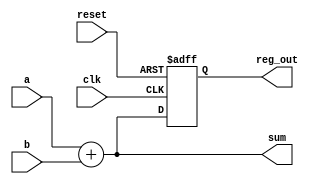
module combinational_sequential_example (
    input wire clk,          // Clock input
    input wire reset,        // Reset input
    input wire [3:0] a,     // 4-bit input a
    input wire [3:0] b,     // 4-bit input b
    output reg [3:0] sum,    // 4-bit output for sum
    output reg [3:0] reg_out // 4-bit output for register
);

// Combinational Logic: Sum of two inputs
always @* begin
    sum = a + b; // Continuous assignment for sum
end

// Sequential Logic: Register to hold the value of sum on clock edge
always @(posedge clk or posedge reset) begin
    if (reset) begin
        reg_out <= 4'b0000; // Reset output to 0
    end else begin
        reg_out <= sum; // Store the sum in the register on clock edge
    end
end

endmodule